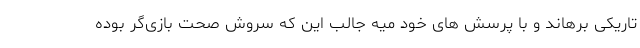
تاریکی برهاند و با پرسش های خود میه جالب این که سروش صحت بازی‌گر بوده